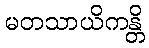
မတသာယိကန္တိ